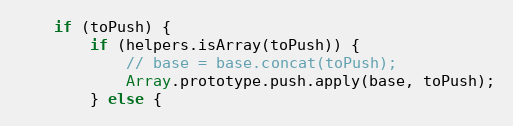
Language: JavaScript
	if (toPush) {
		if (helpers.isArray(toPush)) {
			// base = base.concat(toPush);
			Array.prototype.push.apply(base, toPush);
		} else {